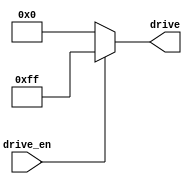
/*
 * Copyright (c) 2024 Zachary Frazee
 * SPDX-License-Identifier: Apache-2.0
 */

//---------------------------------
//Drive enable device
//---------------------------------
module drive_enable_fanout(
    //Drive enable input signal
    input  wire      drive_en,

    //Output drive signals
    output reg [7:0] drive
);

    //Main Procedural Block
    //--------------------------
    always @(*) begin
        if(drive_en == 0)
            drive = 0;
        else
            drive = 8'hff;
    end

endmodule